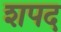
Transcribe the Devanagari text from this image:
शपद